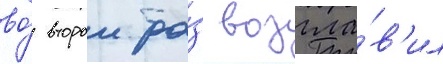
во́ второи ра́з возгла́в'ил